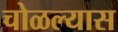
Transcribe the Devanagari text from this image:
चोळल्यास